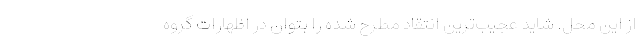
از این محل. شاید عجیب‌ترین انتقاد مطرح شده را بتوان در اظهارات گروه